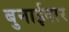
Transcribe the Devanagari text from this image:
बुनाईदार